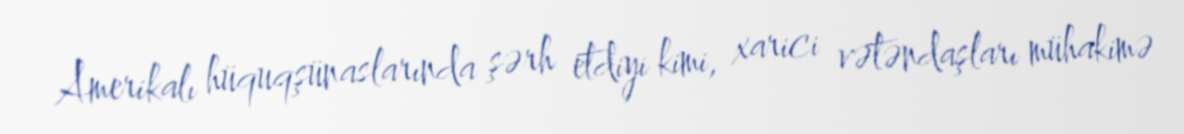
Amerikalı hüquqşünaslarında şərh etdiyi kimi, xarici vətəndaşları mühakimə